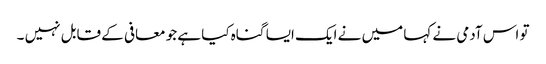
تو اس آدمی نے کہا میں نے ایک ایسا گناہ کیا ہے جو معافی کے قابل نہیں ۔